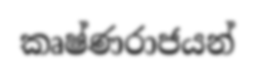
කෘෂ්ණරාජයන්